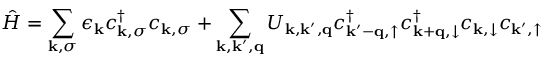
\hat { H } = \sum _ { \mathbf { k } , \sigma } \epsilon _ { \mathbf { k } } c _ { \mathbf { k } , \sigma } ^ { \dagger } c _ { \mathbf { k } , \sigma } + \sum _ { \mathbf { k } , \mathbf { k } ^ { \prime } , \mathbf { q } } U _ { \mathbf { k } , \mathbf { k } ^ { \prime } , \mathbf { q } } c _ { \mathbf { k ^ { \prime } - q } , \uparrow } ^ { \dagger } c _ { \mathbf { k + q } , \downarrow } ^ { \dagger } c _ { \mathbf { k } , \downarrow } c _ { \mathbf { k } ^ { \prime } , \uparrow }